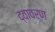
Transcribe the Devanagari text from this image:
द्वावर्ण